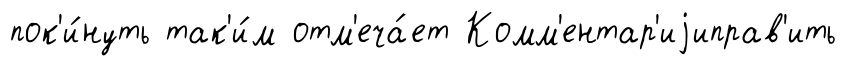
пок'и́нуть так'и́м отм'еча́ет Комм'ентар'иjиправ'ить